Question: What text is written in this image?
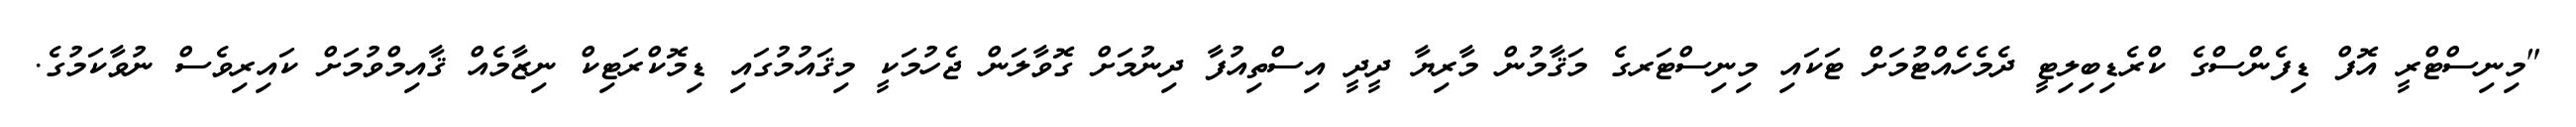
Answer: "މިނިސްޓްރީ އޮފް ޑިފެންސްގެ ކްރެޑިބިލިޓީ ދެމެހެއްޓުމަށް ޓަކައި މިނިސްޓަރގެ މަޤާމުން މާރިޔާ ދީދީ އިސްތިއުފާ ދިނުމަށް ގޮވާލަން ޖެހުމަކީ މިޤައުމުގައި ޑިމޮކްރަޓިކް ނިޒާމެއް ޤާއިމްވުމަށް ކައިރިވެސް ނުވާކަމުގެ.